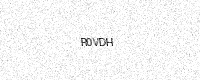
Text: R0VDH